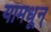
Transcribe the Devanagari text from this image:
यामधून्